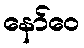
နော်ဝေ